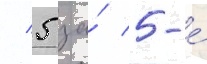
/ 5 за́ 5-е́